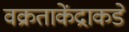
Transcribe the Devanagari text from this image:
वक्रताकेंद्राकडे